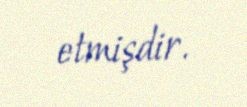
etmişdir.